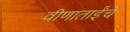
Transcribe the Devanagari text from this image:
वीणाताईंचे